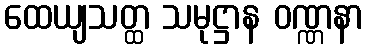
ထေယျသတ္ထ သမုဋ္ဌာန ဝဏ္ဏနာ